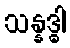
သန္နဒ္ဓါ